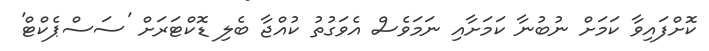
ކޮށްފައިވާ ކަމަށް ނުބުނާ ކަމަށާއި ނަމަވެސް އެވަގުތު ކުއްޖާ ބެލި ޑޮކްޓަރަށް 'ސަސްޕެކްޓް'